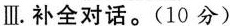
Ⅲ.补全对话.(10 分)